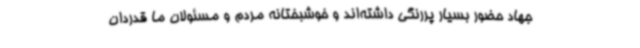
جهاد حضور بسیار پررنگی داشته‌اند و خوشبختانه مردم و مسئولان ما قدردان